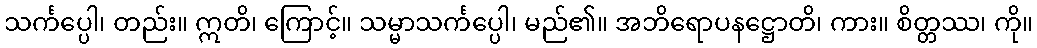
သင်္ကပ္ပေါ၊ တည်း။ ဣတိ၊ ကြောင့်။ သမ္မာသင်္ကပ္ပေါ၊ မည်၏။ အဘိရောပနဋ္ဌောတိ၊ ကား။ စိတ္တဿ၊ ကို။